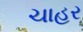
ચાહર